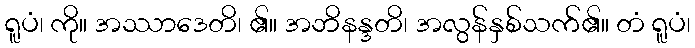
ရူပံ၊ ကို။ အဿာဒေတိ၊ ၏။ အဘိနန္ဒတိ၊ အလွန်နှစ်သက်၏။ တံ ရူပံ၊